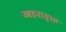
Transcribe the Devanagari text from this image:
आइनायुक्त